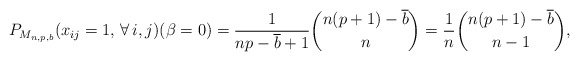
\begin{gather*}P_{M_{n,p,b}}(x_{ij}=1,\, \forall\, i,j)(\beta=0)= {\frac{1}{n p - \overline{b}+1}} {\binom{n(p+1) - \overline{b}}{n}} = {\frac{1}{n}} {\binom{n(p+1)-\overline{b}}{n-1}},\end{gather*}